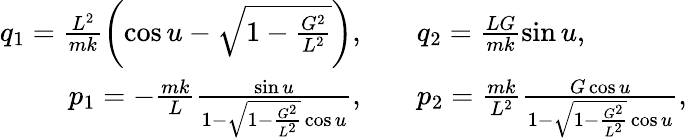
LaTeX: \begin{array}{rl}{q_{1}=\frac{L^{2}}{mk}\left(\cos u-\sqrt{1-\frac{G^{2}}{L^{2}}}\right),\quad}&{q_{2}=\frac{LG}{mk}\sin u,}\\ {p_{1}=-\frac{mk}{L}\frac{\sin u}{1-\sqrt{1-\frac{G^{2}}{L^{2}}}\cos u},\quad}&{p_{2}=\frac{mk}{L^{2}}\frac{G\cos u}{1-\sqrt{1-\frac{G^{2}}{L^{2}}}\cos u},}\end{array}